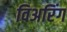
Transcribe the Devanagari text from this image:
विअरिंग